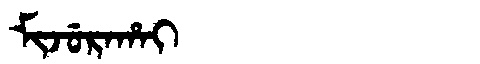
Manchu: ᠮᡳᠵᡠᡵᠠᡥᠠᡳ
Romanization: MIJURAHAI